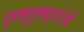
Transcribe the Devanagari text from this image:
प्रस्तुकर्तांओं